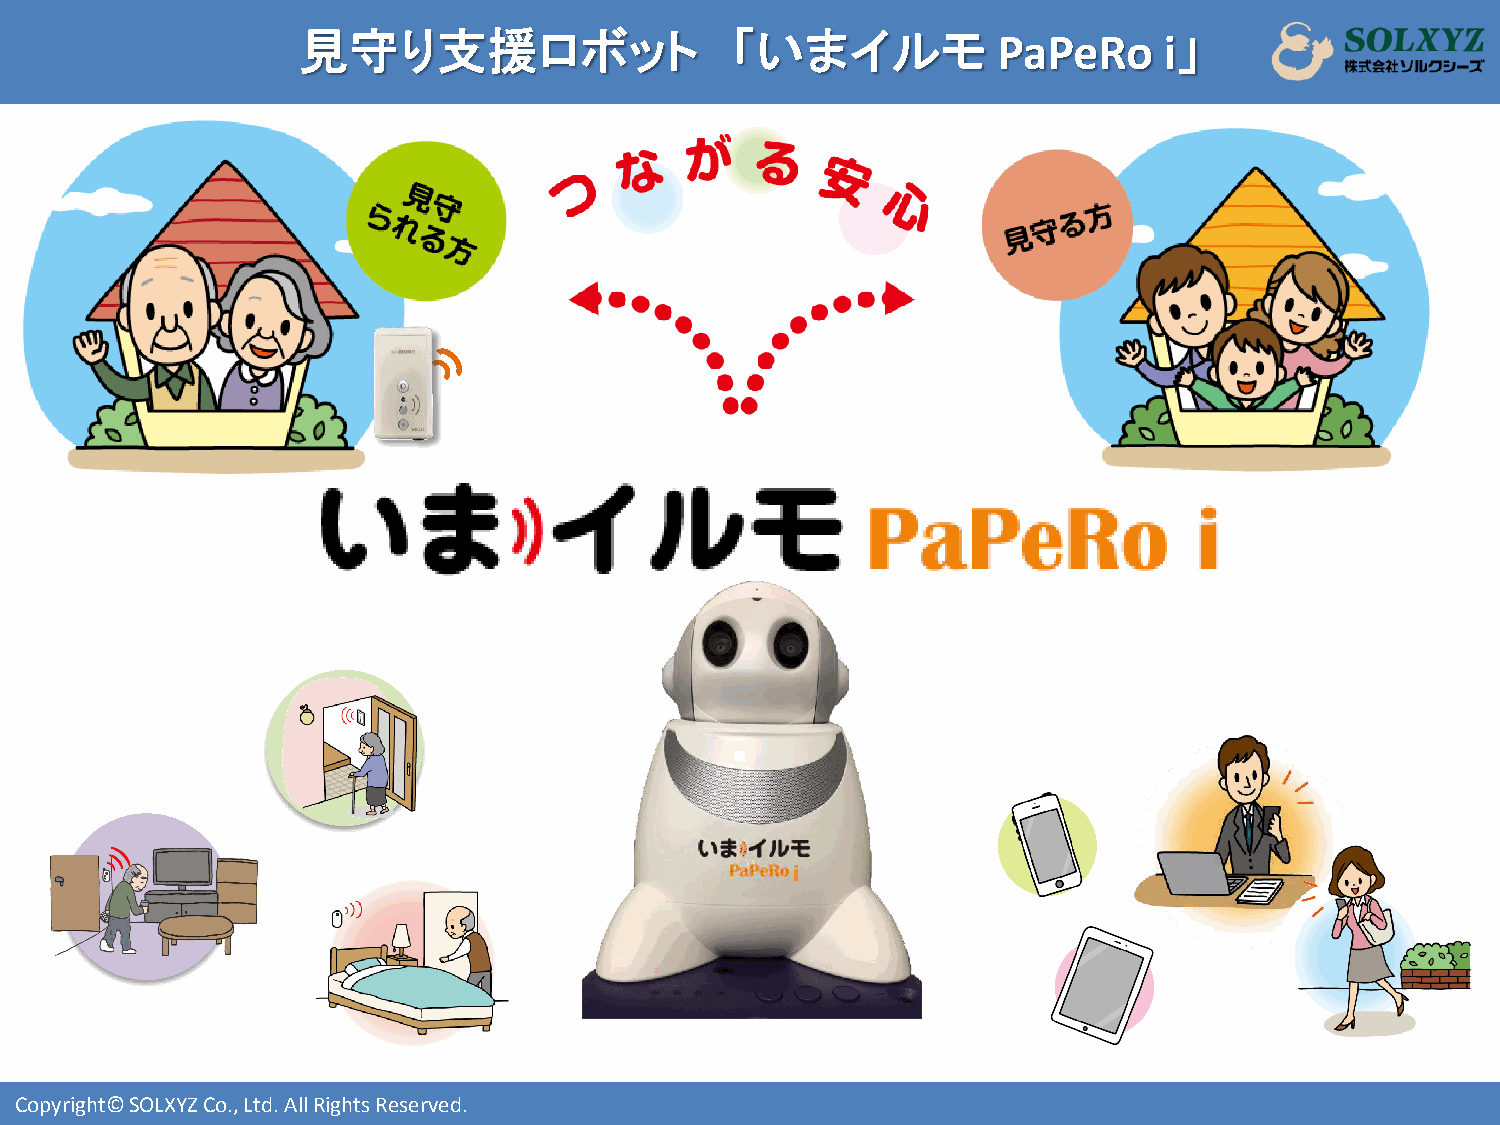
見守り支援ロボット                   「いまイルモ            PaPeRo     i」
 i
 Copyright© SOLXYZ Co., Ltd. All Rights Reserved.